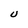
Character: U